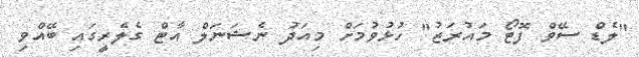
"ލެޑް ސޭވް ފޮޓޯ މައުރަޒު" ހުޅުވުމަށް މިއަދު ނެޝަނަލް އާޓް ގެލެރީގައި ބޭއްވި